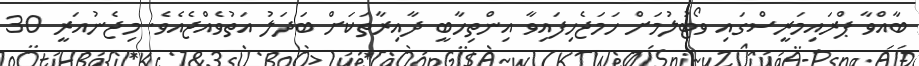
ބާއްވާ ޕްރައިމަރީސްގައި ވޯޓުލުމަށް ހަމަޖެހިފައިވާ އިންތިހާބީ ދާއިރާތަކަށް ބަދަލު އަތުވެއްޖެއެވެ. މިޖެނުއަރީ 30